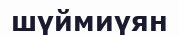
шүймиүян